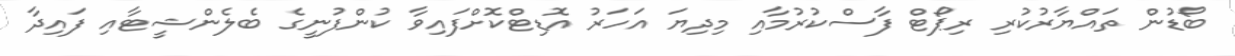
ބޯޑުން ތައްޔާރުކުރި ރިޕޯޓް ފާސްކުރުމާއި މިދިޔަ އަހަރު އޮޑިޓްކޮށްފައިވާ ކުންފުނީގެ ބެލެންޝީޓާއި ފައިދާ